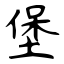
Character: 堡